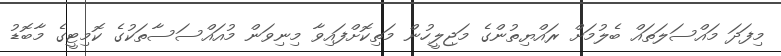
މިފަދަ މައްސަލަތައް ބެލުމަށް ރައްޔިތުންގެ މަޖިލީހުން މަތިކޮށްފައިވާ މިނިވަން މުއައްސަސާތަކުގެ ކޮމިޓީގެ މާބޮޑު